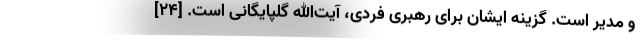
و مدیر است. گزینه ایشان برای رهبری فردی، آیت‌الله گلپایگانی است. [۲۴]